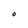
Character: O